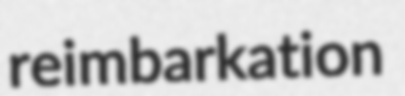
reimbarkation